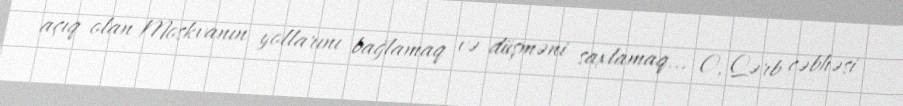
açıq olan Moskvanın yollarını bağlamaq və düşməni saxlamaq... O, Qərb cəbhəsi